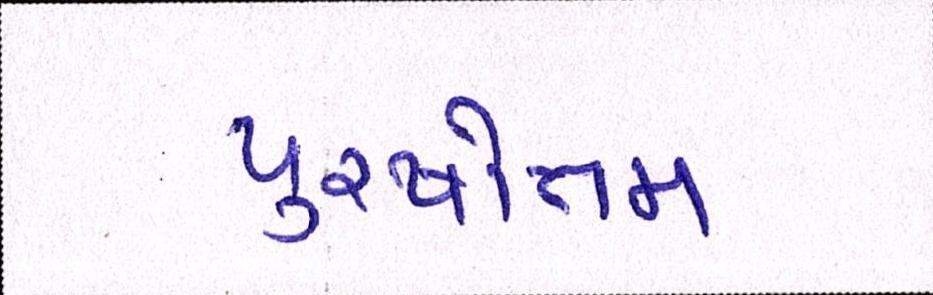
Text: પુરષોત્તમ